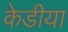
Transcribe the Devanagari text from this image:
केडीया